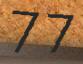
77